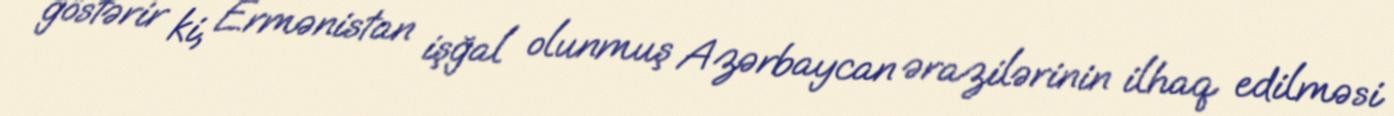
göstərir ki, Ermənistan işğal olunmuş Azərbaycan ərazilərinin ilhaq edilməsi